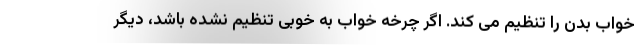
خواب بدن را تنظیم می کند. اگر چرخه خواب به خوبی تنظیم نشده باشد، دیگر